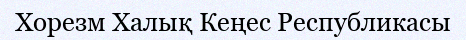
Хорезм Халық Кеңес Республикасы